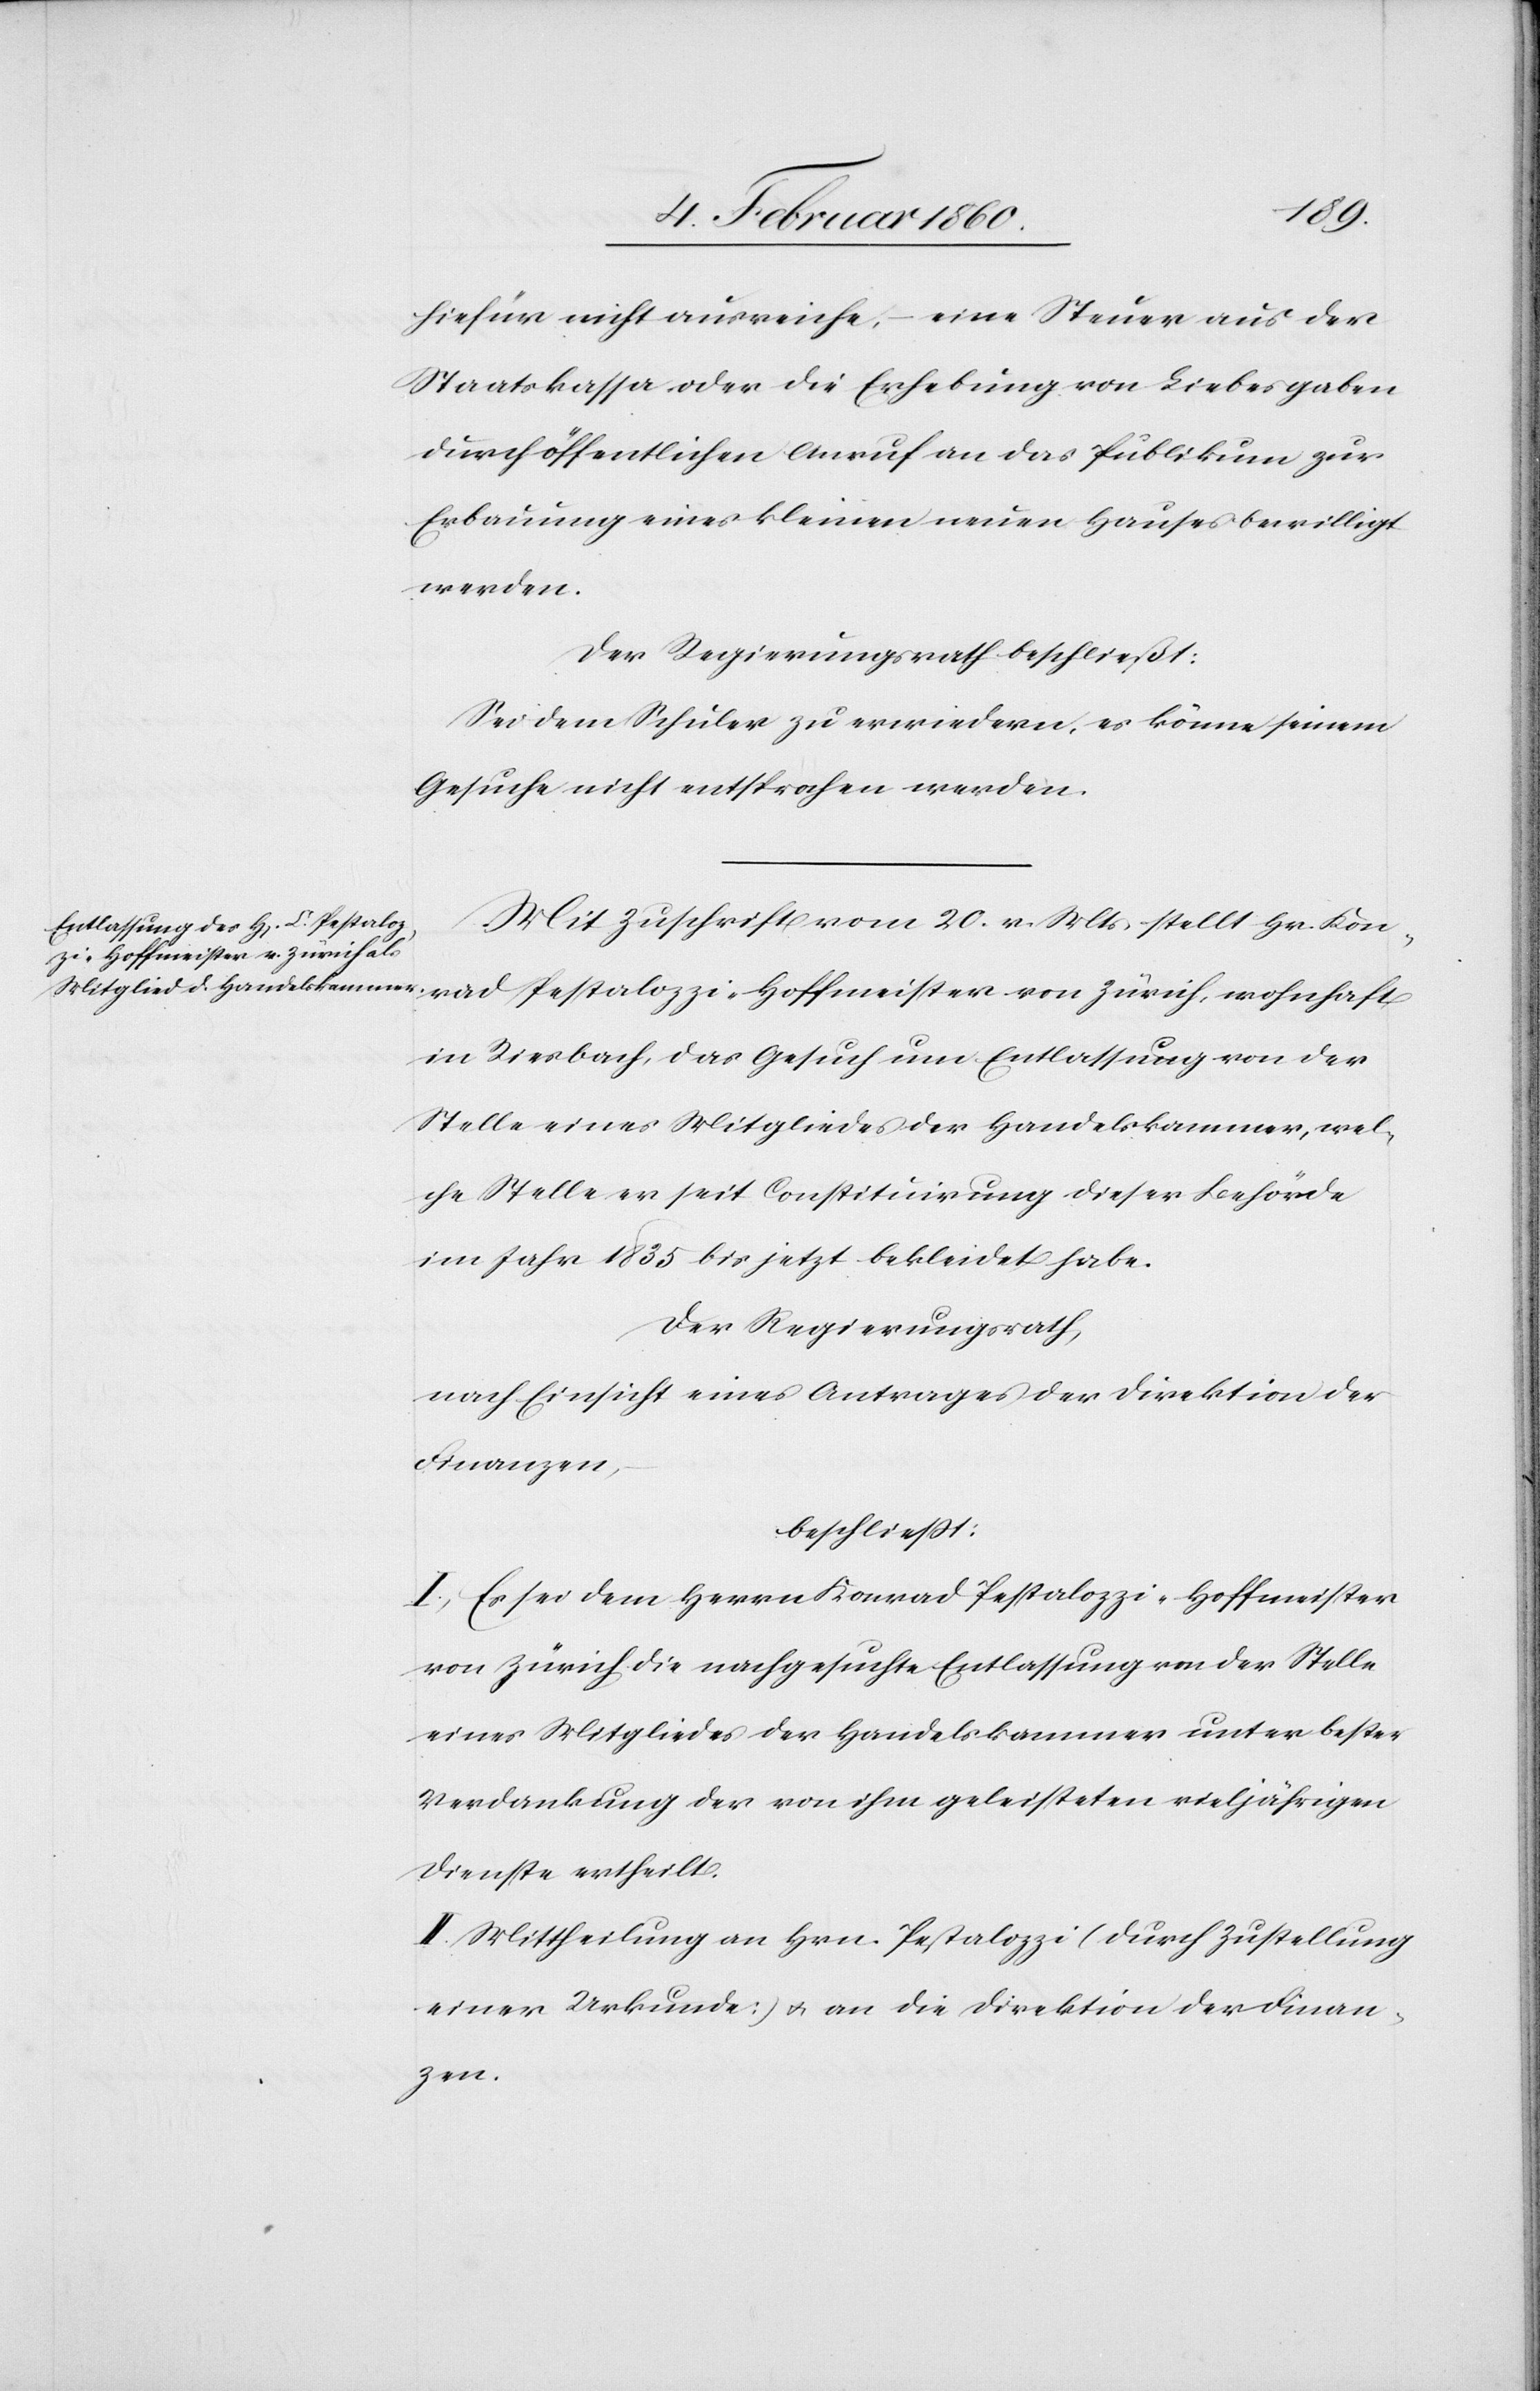
Pestaloz¬
hiefür nicht ausreiche, – eine Steuer aus der
Staatskassa oder die Erhebung von Liebesgaben
durch öffentlichen Anruf an das Publikum zur
Erbauung eines kleinen neuen Hauses bewilligt
werden.
Der Regierungsrath beschließt:
Sei dem Schuler zu erwiedern, es könne seinem
Gesuche nicht entsprochen werden.
Mit Zuschrift vom 20. v. Mts. stellt Hr. Konrad
zi-Hoffmeister von Zürich,
in Riesbach, das Gesuch um Entlassung von der
Stelle eines Mitgliedes der Handelskammer, wel¬
che Stelle er seit Constituirung dieser Behörde
im Jahr 1835 bis jetzt bekleidet habe.
der Regierungsrath,
nach Einsicht eines Antrages der Direktion der
Finanzen,
beschliesst:
I. Es sei dem Herrn Konrad Pestalozzi-Hoffmeister
von Zürich, die nachgesuchte Entlassung von der Stelle
eines Mitgliedes der Handelskammer unter bester
Verdankung der von ihm geleisteten vieljährigen
Dienste ertheilt.
II. Mittheilung an Hrn. Pestalozzi (durch Zustellung
einer Urkunde) u. an die Direktion der Finan¬
zen.